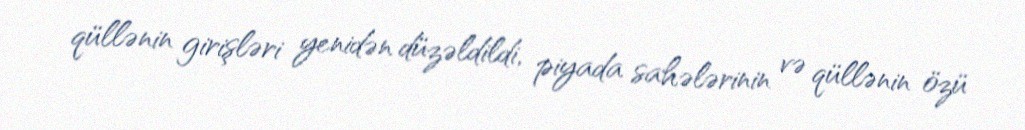
qüllənin girişləri yenidən düzəldildi, piyada sahələrinin və qüllənin özü